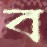
ব